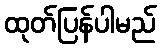
ထုတ်ပြန်ပါမည်